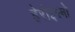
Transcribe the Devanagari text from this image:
हेरोइस्मो